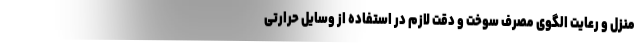
منزل و رعایت الگوی مصرف سوخت و دقت لازم در استفاده از وسایل حرارتی